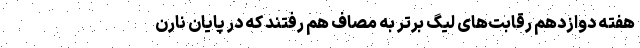
هفته دوازدهم رقابت‌های لیگ برتر به مصاف هم رفتند که در پایان نارن